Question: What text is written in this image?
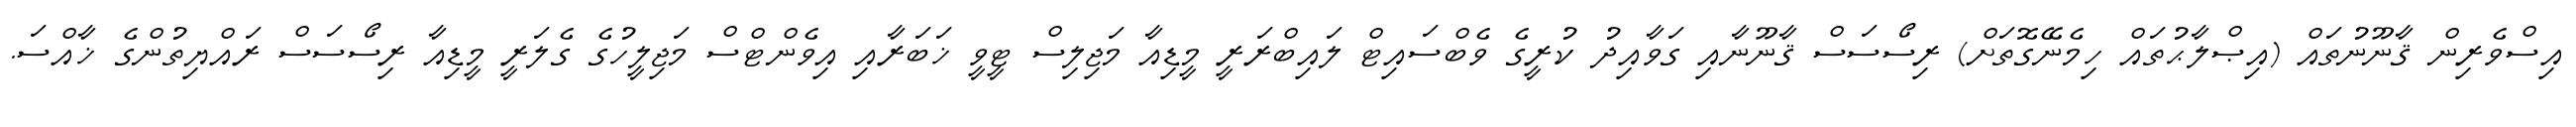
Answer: އިސްވެރިން ޤާނޫނުތައް (އިޞްލާޙުތައް ހިމެނޭގޮތަށް) ރިސޯސަސް ޤާނޫނާއި ގަވާއިދު ކުރީގެ ވެބްސައިޓް ލައިބްރަރީ މީޑިއާ މަޖިލިސް ޓީވީ ޚަބަރާއި އިވެންޓްސް މަޖިލީހުގެ ގެލަރީ މީޑިއާ ރިސޯސަސް ރައްޔިތުންގެ ޚާއްސަ.